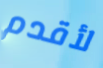
لأقدم